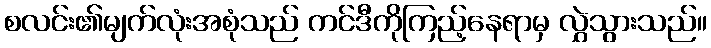
စလင်း၏မျက်လုံးအစုံသည် ကင်ဒီကိုကြည့်နေရာမှ လွှဲသွားသည်။